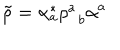
\tilde { \rho } = \alpha _ { a } ^ { * } \rho _ { \; \; b } ^ { a } \alpha ^ { a }